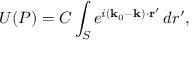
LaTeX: U ( P ) = C \int _ { S } e ^ { i ( \mathbf { k } _ { 0 } - \mathbf { k } ) \cdot \mathbf { r } ^ { \prime } } \, d r ^ { \prime } ,